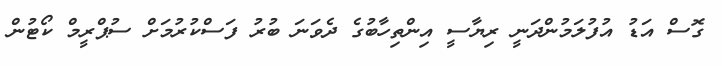
ގޮސް އަޑު އުފުލަމުންދަނީ ރިޔާސީ އިންތިހާބުގެ ދެވަނަ ބުރު ފަސްކުރުމަށް ސުޕްރީމް ކޯޓުން